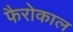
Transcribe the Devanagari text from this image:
फैरोकाल